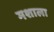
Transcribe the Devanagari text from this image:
मशाला